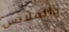
والملابس